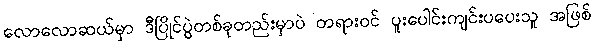
လောလောဆယ်မှာ ဒီပြိုင်ပွဲတစ်ခုတည်းမှာပဲ တရားဝင် ပူးပေါင်းကျင်းပပေးသူ အဖြစ်